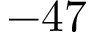
- 4 7